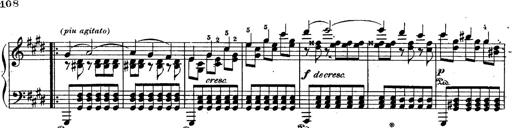
Title: Schubert's Impromptus [revised and edited by Franz Liszt]
Composer: Franz Liszt